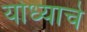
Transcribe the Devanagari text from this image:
योध्याचे